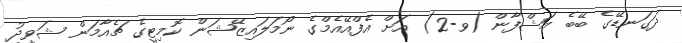
ދަގަނޑޭގެ ބޭބެ އަޝްފާން (ވ-2) އަށް އެފްއޭއެމްގެ ނޯމަލައިޒޭޝަން ކޮމިޓީގެ ޗެއާމަން ޝަވީދު